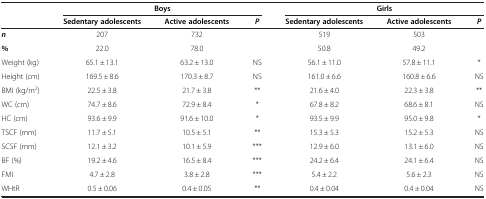
<table><thead><tr><td><b> </b></td><td colspan="3"><b>Boys</b></td><td colspan="3"><b>Girls</b></td></tr><tr><td><b> </b></td><td><b>Sedentary adolescents</b></td><td><b>Active adolescents</b></td><td><b><i>P</i></b></td><td><b>Sedentary adolescents</b></td><td><b>Active adolescents</b></td><td><b><i>P</i></b></td></tr></thead><tbody><tr><td><b><i>n</i></b></td><td>207</td><td>732</td><td> </td><td>519</td><td>503</td><td> </td></tr><tr><td><b>%</b></td><td>22.0</td><td>78.0</td><td> </td><td>50.8</td><td>49.2</td><td> </td></tr><tr><td>Weight (kg)</td><td>65.1 ± 13.1</td><td>63.2 ± 13.0</td><td>NS</td><td>56.1 ± 11.0</td><td>57.8 ± 11.1</td><td>*</td></tr><tr><td>Height (cm)</td><td>169.5 ± 8.6</td><td>170.3 ± 8.7</td><td>NS</td><td>161.0 ± 6.6</td><td>160.8 ± 6.6</td><td>NS</td></tr><tr><td>BMI (kg/m<sup>2</sup>)</td><td>22.5 ± 3.8</td><td>21.7 ± 3.8</td><td>**</td><td>21.6 ± 4.0</td><td>22.3 ± 3.8</td><td>**</td></tr><tr><td>WC (cm)</td><td>74.7 ± 8.6</td><td>72.9 ± 8.4</td><td>*</td><td>67.8 ± 8.2</td><td>68.6 ± 8.1</td><td>NS</td></tr><tr><td>HC (cm)</td><td>93.6 ± 9.9</td><td>91.6 ± 10.0</td><td>*</td><td>93.5 ± 9.9</td><td>95.0 ± 9.8</td><td>*</td></tr><tr><td>TSCF (mm)</td><td>11.7 ± 5.1</td><td>10.5 ± 5.1</td><td>**</td><td>15.3 ± 5.3</td><td>15.2 ± 5.3</td><td>NS</td></tr><tr><td>SCSF (mm)</td><td>12.1 ± 3.2</td><td>10.1 ± 5.9</td><td>***</td><td>12.9 ± 6.0</td><td>13.1 ± 6.0</td><td>NS</td></tr><tr><td>BF (%)</td><td>19.2 ± 4.6</td><td>16.5 ± 8.4</td><td>***</td><td>24.2 ± 6.4</td><td>24.1 ± 6.4</td><td>NS</td></tr><tr><td>FMI</td><td>4.7 ± 2.8</td><td>3.8 ± 2.8</td><td>***</td><td>5.4 ± 2.2</td><td>5.6 ± 2.3</td><td>NS</td></tr><tr><td>WHtR</td><td>0.5 ± 0.06</td><td>0.4 ± 0.05</td><td>**</td><td>0.4 ± 0.04</td><td>0.4 ± 0.04</td><td>NS</td></tr></tbody></table>